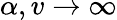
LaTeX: \alpha,v\to\infty